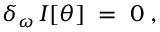
\delta _ { \omega } \, I [ \theta ] \; = \; 0 \; ,